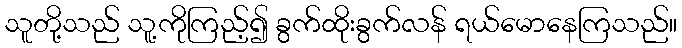
သူတို့သည် သူ့ကိုကြည့်၍ ခွက်ထိုးခွက်လန် ရယ်မောနေကြသည်။